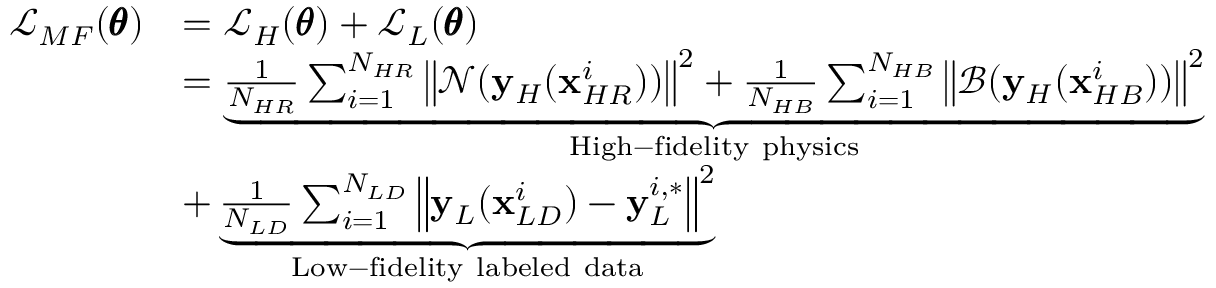
\begin{array} { r l } { \mathcal { L } _ { M F } ( \pmb { \theta } ) } & { = \mathcal { L } _ { H } ( \pmb { \theta } ) + \mathcal { L } _ { L } ( \pmb { \theta } ) } \\ & { = \underbrace { \frac { 1 } { N _ { H R } } \sum _ { i = 1 } ^ { N _ { H R } } { \left\| \mathcal { N } ( \mathbf { y } _ { H } ( \mathbf { x } _ { H R } ^ { i } ) ) \right\| ^ { 2 } } + \frac { 1 } { N _ { H B } } \sum _ { i = 1 } ^ { N _ { H B } } { \left\| \mathcal { B } ( \mathbf { y } _ { H } ( \mathbf { x } _ { H B } ^ { i } ) ) \right\| ^ { 2 } } } _ { \mathrm { H i g h - f i d e l i t y ~ p h y s i c s } } } \\ & { + \underbrace { \frac { 1 } { N _ { L D } } \sum _ { i = 1 } ^ { N _ { L D } } { \left\| \mathbf { y } _ { L } ( \mathbf { x } _ { L D } ^ { i } ) - \mathbf { y } _ { L } ^ { i , * } \right\| ^ { 2 } } } _ { \mathrm { L o w - f i d e l i t y ~ l a b e l e d ~ d a t a } } } \end{array}